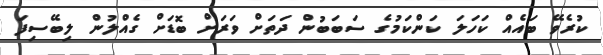
ކުރެވޭ ބައެއް ކަހަަލަ ކަންކަމުގެ ސަބަބުން ދަތަށް ވަރަށް ބޮޑަށް ގެއްލުން ލިބޭސިފަ